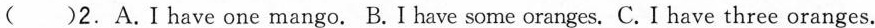
（ ）2.A. I have one mango. B. I have some oranges. C.I have three oranges.